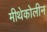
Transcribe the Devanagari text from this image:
मीथेकोलीन